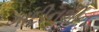
ગાદીનશીન